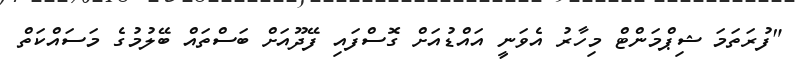
"ފުރަތަމަ ޝިޕްމަންޓް މިހާރު އެވަނީ އައްޑުއަށް ގޮސްފައި ފޭދޫއަށް ބަސްތައް ބޭލުމުގެ މަސައްކަތް